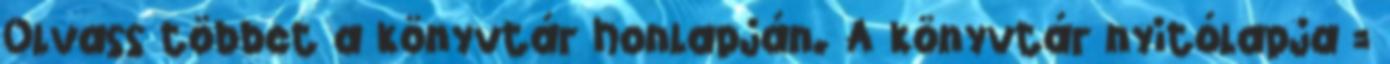
Olvass többet a könyvtár honlapján. A könyvtár nyitólapja =